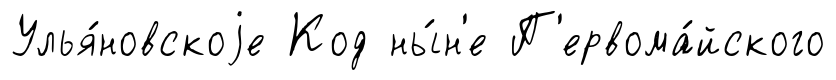
Улья́новскоjе Код ны́н'е П'ервома́йского